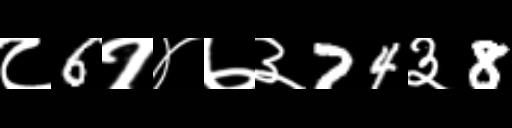
Text: ८6१४७३74३8